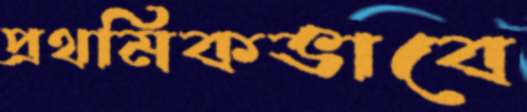
প্রথমিকভাবে